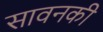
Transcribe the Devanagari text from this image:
सावनकी